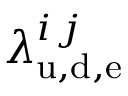
\lambda _ { \mathrm { u , d , e } } ^ { i \, j }